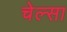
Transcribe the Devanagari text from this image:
चेल्सा